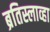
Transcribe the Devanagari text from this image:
ब्रतिस्लाव्हा